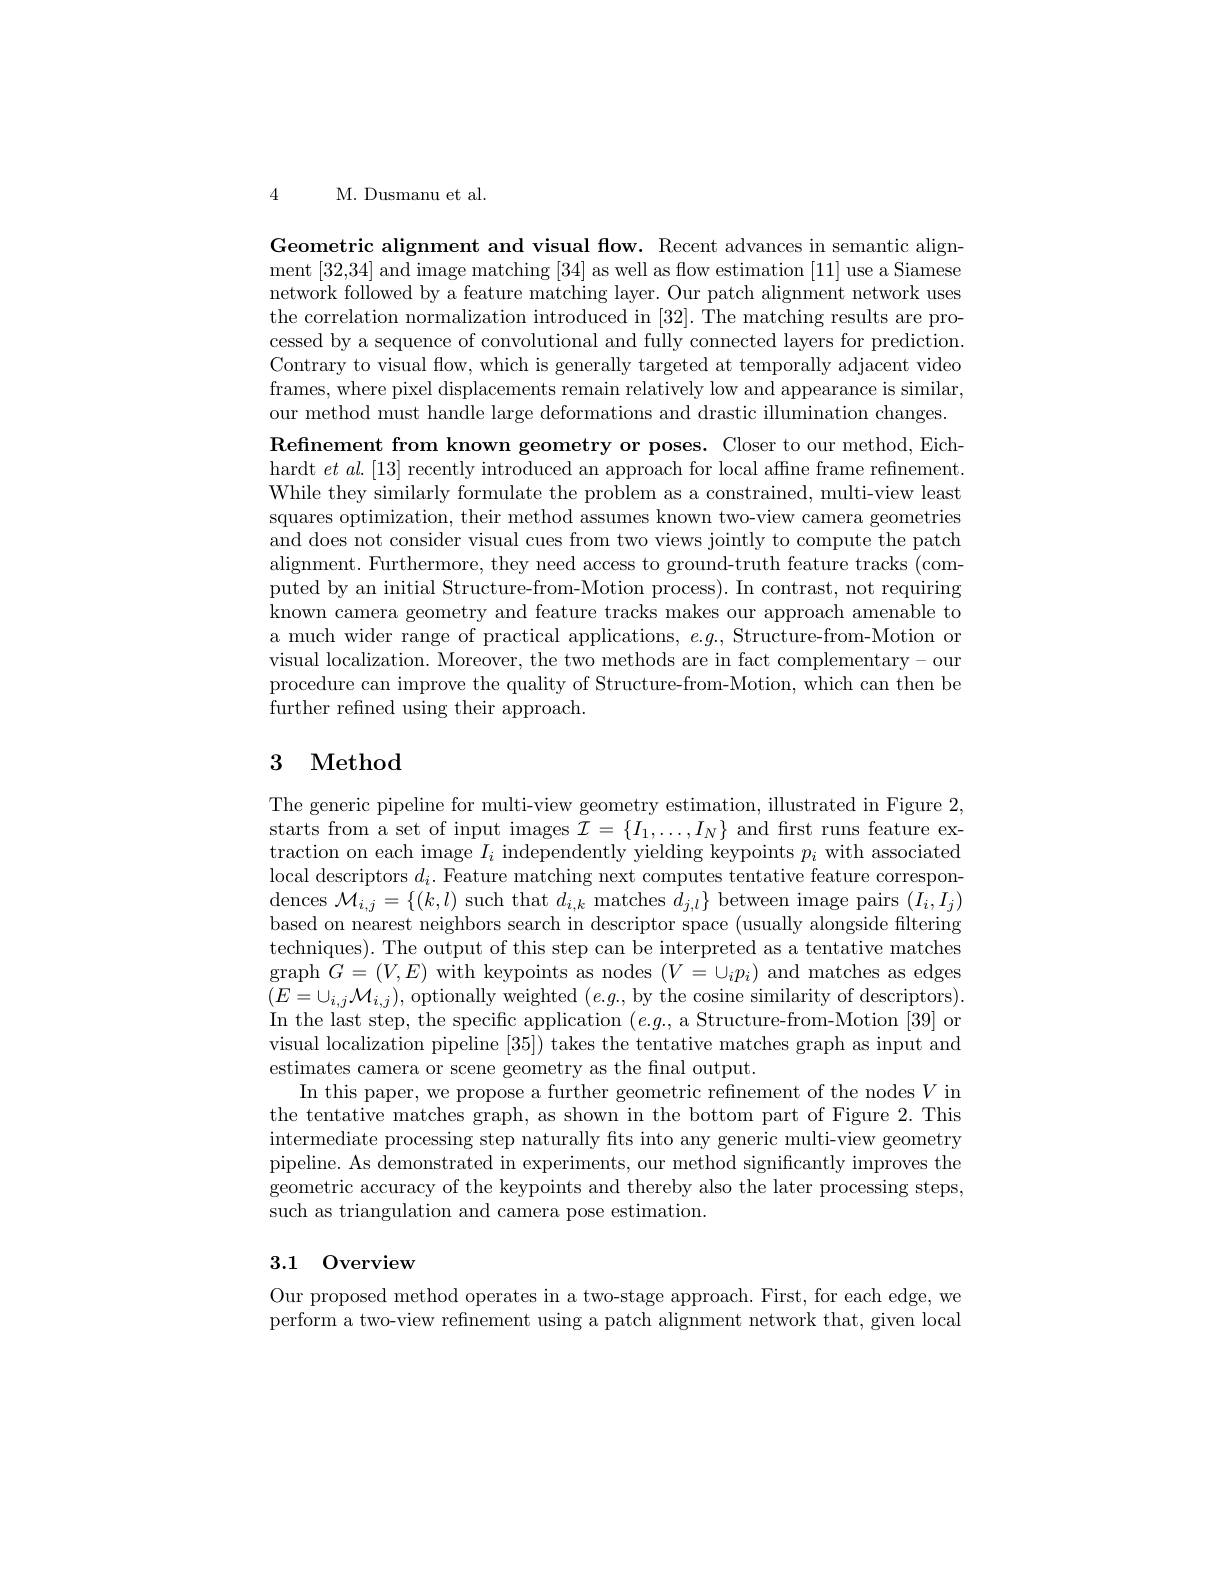
4 M. Dusmanu et al.

Geometric alignment and visual flow. Recent advances in semantic alignment [32,34] and image matching [34] as well as flow estimation [11] use a Siamese network followed by a feature matching layer. Our patch alignment network uses the correlation normalization introduced in [32]. The matching results are processed by a sequence of convolutional and fully connected layers for prediction. Contrary to visual flow, which is generally targeted at temporally adjacent video frames, where pixel displacements remain relatively low and appearance is similar, our method must handle large deformations and drastic illumination changes. Refinement from known geometry or poses. Closer to our method, Eichhardt $et$ $al.[13]$ recently introduced an approach for local affne frame refinement. While they similarly formulate the problem as a constrained, multi-view least squares optimization, their method assumes known two-view camera geometries and does not consider visual cues from two views jointly to compute the patch alignment. Furthermore, they need access to ground-truth feature tracks (computed by an initial Structure-from-Motion process). In contrast, not requiring known camera geometry and feature tracks makes our approach amenable to a much wider range of practical applications, $e.g.$, Structure-from-Motion or visual localization. Moreover, the two methods are in fact complementary- our procedure can improve the quality of Structure-from-Motion, which can then be further refined using their approach.

# 3 Method

The generic pipeline for multi-view geometry estimation, illustrated in Figure 2, starts from a set of input images $\mathcal{I}=\{I_1,\ldots,I_N\}$ and frst runs feature extraction on each image $I_i$ independently yielding keypoints $p_i$ with associated local descriptors $d_i.$ Feature matching next computes tentative feature correspon- $\operatorname*{dences}\mathcal{M}_{i,j}=\{(k,l)$ such that $d_i,k$ matches $d_j,l\}$ between image pairs $(I_i,I_j)$ based on nearest neighbors search in descriptor space (usually alongside filtering techniques). The output of this step can be interpreted as a tentative matches graph $G=(V,E)$ with keypoints as nodes $(V=\cup_ip_i)$ and matches as edges $(E=\cup_{i,j}\mathcal{M}_{i,j})$,optionally weighted $(e.g.$,by the cosine similarity of descriptors). In the last step, the specific application $(e.g.$, a Structure-from-Motion [39] or visual localization pipeline [35]) takes the tentative matches graph as input and estimates camera or scene geometry as the fnal output.
In this paper, we propose a further geometric refinement of the nodes $V$ in the tentative matches graph, as shown in the bottom part of Figure 2. This intermediate processing step naturally fits into any generic multi-view geometry pipeline. As demonstrated in experiments, our method significantly improves the geometric accuracy of the keypoints and thereby also the later processing steps, such as triangulation and camera pose estimation

# 3.1 Overview

Our proposed method operates in a two-stage approach. First, for each edge, we perform a two-view refinement using a patch alignment network that, given local